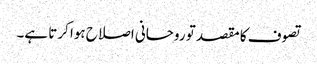
تصوف کا مقصد تو روحانی اصلاح ہوا کرتا ہے۔